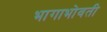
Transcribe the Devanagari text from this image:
भागाभोवती